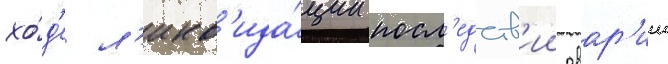
хо́д'е л'икв'ида́ции посл'едств'ии авар'ии